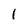
Character: 1